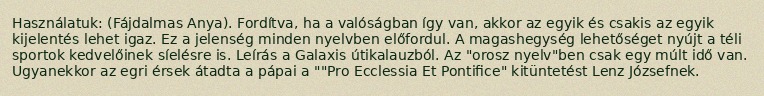
Használatuk: (Fájdalmas Anya). Fordítva, ha a valóságban így van, akkor az egyik és csakis az egyik kijelentés lehet igaz. Ez a jelenség minden nyelvben előfordul. A magashegység lehetőséget nyújt a téli sportok kedvelőinek síelésre is. Leírás a Galaxis útikalauzból. Az "orosz nyelv"ben csak egy múlt idő van. Ugyanekkor az egri érsek átadta a pápai a ""Pro Ecclessia Et Pontifice" kitüntetést Lenz Józsefnek.